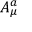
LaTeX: A _ { \mu } ^ { a }